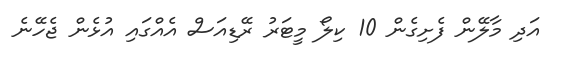
އަދި މާލޭން ފެށިގެން 10 ކިލޯ މީޓަރު ރޭޑިއަސް އެއްގައި އުޅެން ޖެހޭނެ